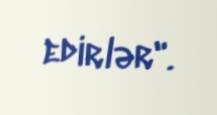
edirlər".